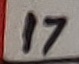
Text: 17